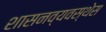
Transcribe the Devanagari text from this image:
शासनव्यवस्थेस